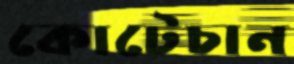
কোটেচান